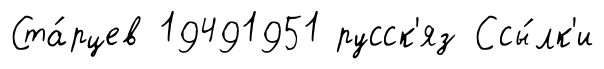
Ста́рцев 19491951 русск'яз Ссы́лк'и